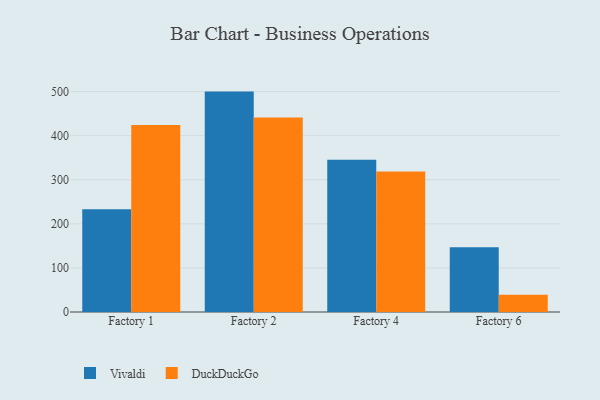
{"axis": {"x": "Factory", "y": "Latency (ms)"}, "legend": ["DuckDuckGo", "Vivaldi"], "data": [{"x": "Factory 1", "y": 232.8, "type": "Vivaldi"}, {"x": "Factory 1", "y": 424.0, "type": "DuckDuckGo"}, {"x": "Factory 2", "y": 499.9, "type": "Vivaldi"}, {"x": "Factory 2", "y": 441.0, "type": "DuckDuckGo"}, {"x": "Factory 4", "y": 345.4, "type": "Vivaldi"}, {"x": "Factory 4", "y": 318.7, "type": "DuckDuckGo"}, {"x": "Factory 6", "y": 146.9, "type": "Vivaldi"}, {"x": "Factory 6", "y": 39.4, "type": "DuckDuckGo"}]}